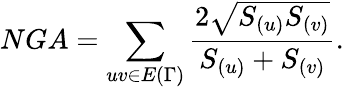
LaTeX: NGA=\sum_{uv\in E{(\Gamma)}}\frac{2\sqrt{S_{(u)}S_{(v)}}}{S_{(u)}+S_{(v)}}.